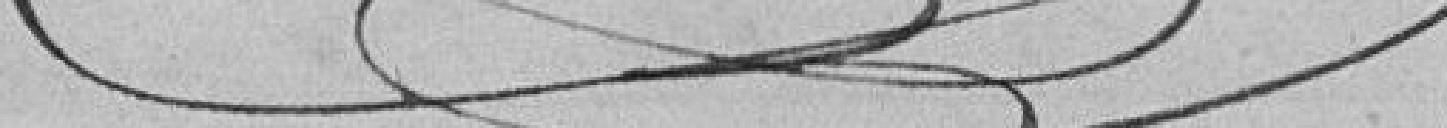
????????????????                Gantzer